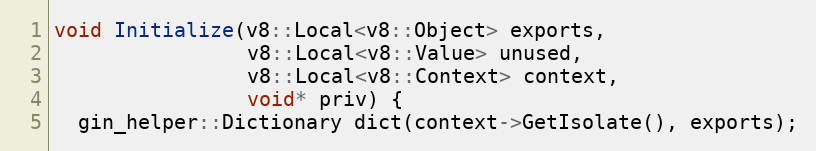
Language: C++
void Initialize(v8::Local<v8::Object> exports,
                v8::Local<v8::Value> unused,
                v8::Local<v8::Context> context,
                void* priv) {
  gin_helper::Dictionary dict(context->GetIsolate(), exports);